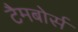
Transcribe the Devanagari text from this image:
टैमबोर्स